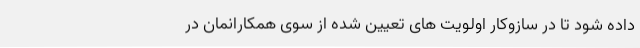
داده شود تا در سازوکار اولویت‌ های تعیین شده از سوی همکارانمان در